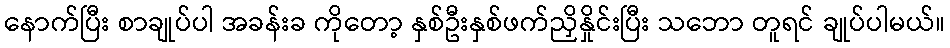
နောက်ပြီး စာချုပ်ပါ အခန်းခ ကိုတော့ နှစ်ဦးနှစ်ဖက်ညှိနှိုင်းပြီး သဘော တူရင် ချုပ်ပါမယ်။